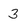
Character: 3